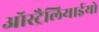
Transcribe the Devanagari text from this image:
ऑस्ट्रैलियाईयो